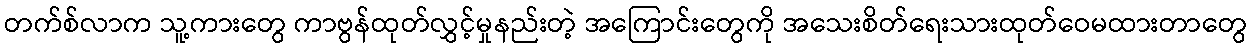
တက်စ်လာက သူ့ကားတွေ ကာဗွန်ထုတ်လွှင့်မှုနည်းတဲ့ အကြောင်းတွေကို အသေးစိတ်ရေးသားထုတ်ဝေမထားတာတွေ